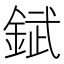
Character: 錻